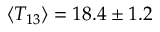
\langle { T _ { 1 3 } } \rangle { } = 1 8 . 4 \pm 1 . 2